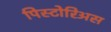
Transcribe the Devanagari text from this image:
पिस्टोरिअस